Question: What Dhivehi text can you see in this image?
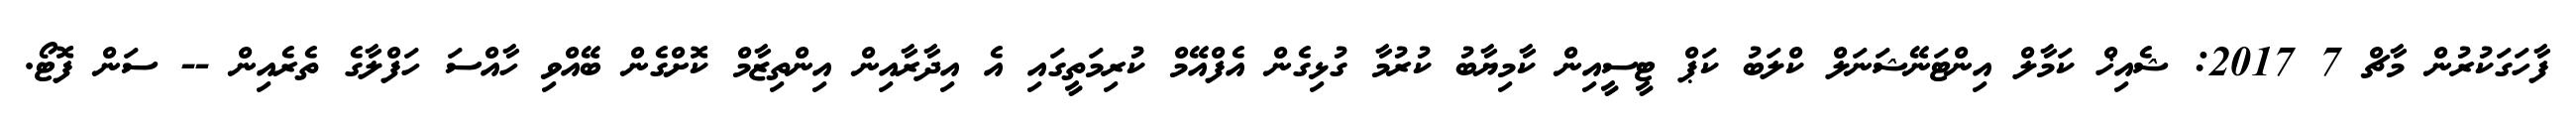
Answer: ފާހަގަކުރުން މާޗް 7 2017: ޝެއިޚް ކަމާލް އިންޓަނޭޝަނަލް ކްލަބު ކަޕް ޓީސީއިން ކާމިޔާބު ކުރުމާ ގުޅިގެން އެފްއޭމް ކުރިމަތީގައި އެ އިދާރާއިން އިންތިޒާމް ކޮށްގެން ބޭއްވި ހާއްސަ ހަފްލާގެ ތެރެއިން -- ސަން ފޮޓޯ.